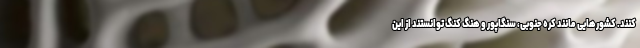
کنند. کشورهایی مانند کره جنوبی، سنگاپور و هنگ کنگ توانستند از این